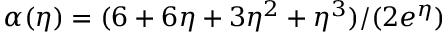
\alpha ( \eta ) = ( 6 + 6 \eta + 3 \eta ^ { 2 } + \eta ^ { 3 } ) / ( 2 e ^ { \eta } )